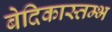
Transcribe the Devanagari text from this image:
बेदिकास्तम्भ